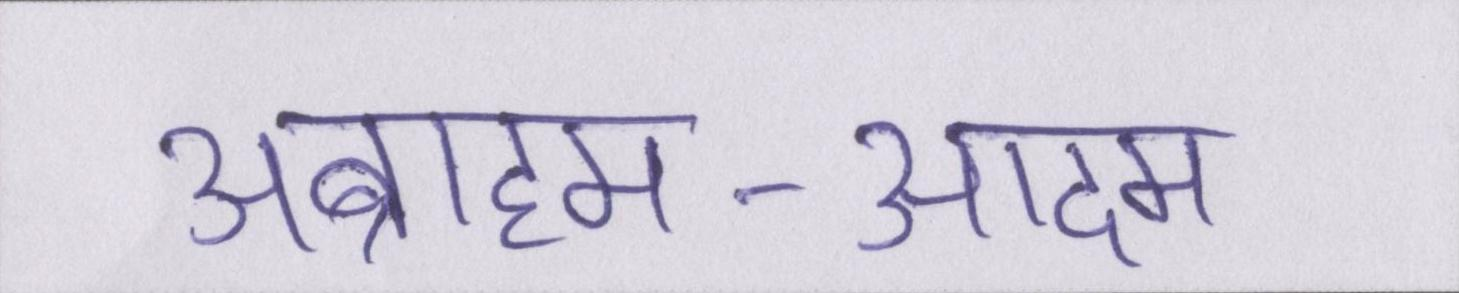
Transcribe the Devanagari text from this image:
अब्राहम-आदम